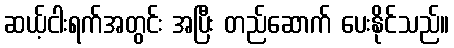
ဆယ့်ငါးရက်အတွင်း အပြီး တည်ဆောက် ပေးနိုင်သည်။